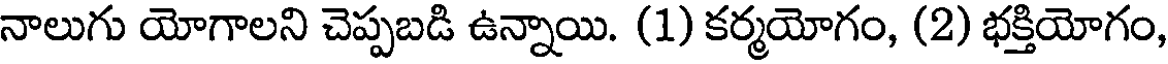
నాలుగు యోగాలని చెప్పబడి ఉన్నాయి. (1) కర్మయోగం, (2) భక్తియోగం,